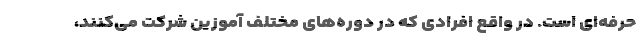
حرفه‌ای است. در واقع افرادی که در دوره‌های مختلف آموزین شرکت‌ می‌کنند،